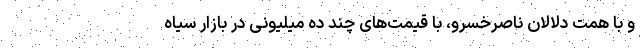
و با همت دلالان ناصرخسرو، با قیمت‌های چند ده میلیونی در بازار سیاه